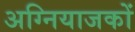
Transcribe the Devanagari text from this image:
अग्नियाजकों